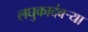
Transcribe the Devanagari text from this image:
लघुकादंबर्‍या